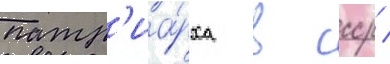
патр'иа́рха в ссср /